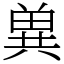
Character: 兾